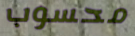
محسوب